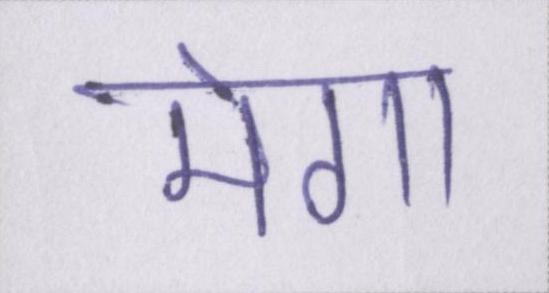
मेगा